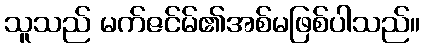
သူသည် မက်ဇင်မ်၏အစ်မဖြစ်ပါသည်။